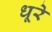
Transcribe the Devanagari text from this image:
धूरे